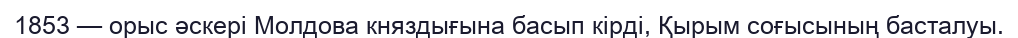
1853 — орыс әскерi Молдова княздығына басып кiрдi, Қырым соғысының басталуы.